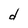
Character: d